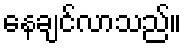
နေချင်လာသည်။